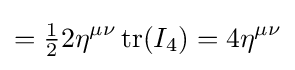
={\tfrac {1}{2}}2\eta ^{\mu \nu }\operatorname {tr} (I_{4})=4\eta ^{\mu \nu }